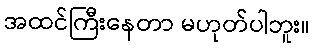
အထင်ကြီးနေတာ မဟုတ်ပါဘူး။